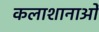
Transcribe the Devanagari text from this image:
कलाशानाओं